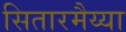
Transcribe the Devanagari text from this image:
सितारमैय्या